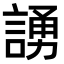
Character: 𫍃